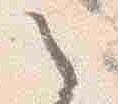
之